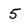
Character: 5